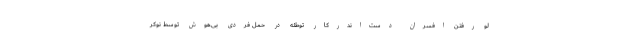
لو رفتنِ افسرانِ دست‌اندرکارِ توطئه در حملِ فردی بی‌هوش توسطِ نوکر